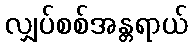
လျှပ်စစ်အန္တရာယ်